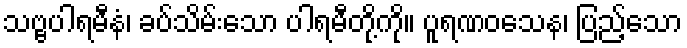
သဗ္ဗပါရမီနံ၊ ခပ်သိမ်းသော ပါရမီတို့ကို။ ပူရဏဝသေန၊ ပြည့်သော